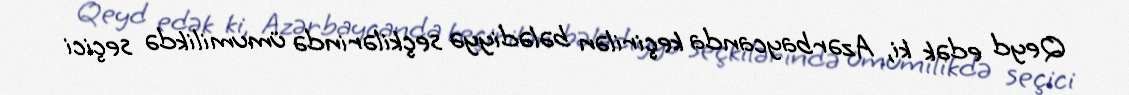
Qeyd edək ki, Azərbaycanda keçirilən bələdiyyə seçkilərində ümumilikdə seçici